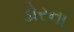
ડોરના